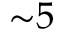
{ \sim } 5